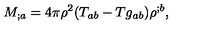
M _ { ; a } = 4 \pi \rho ^ { 2 } ( T _ { a b } - T g _ { a b } ) \rho ^ { ; b } ,